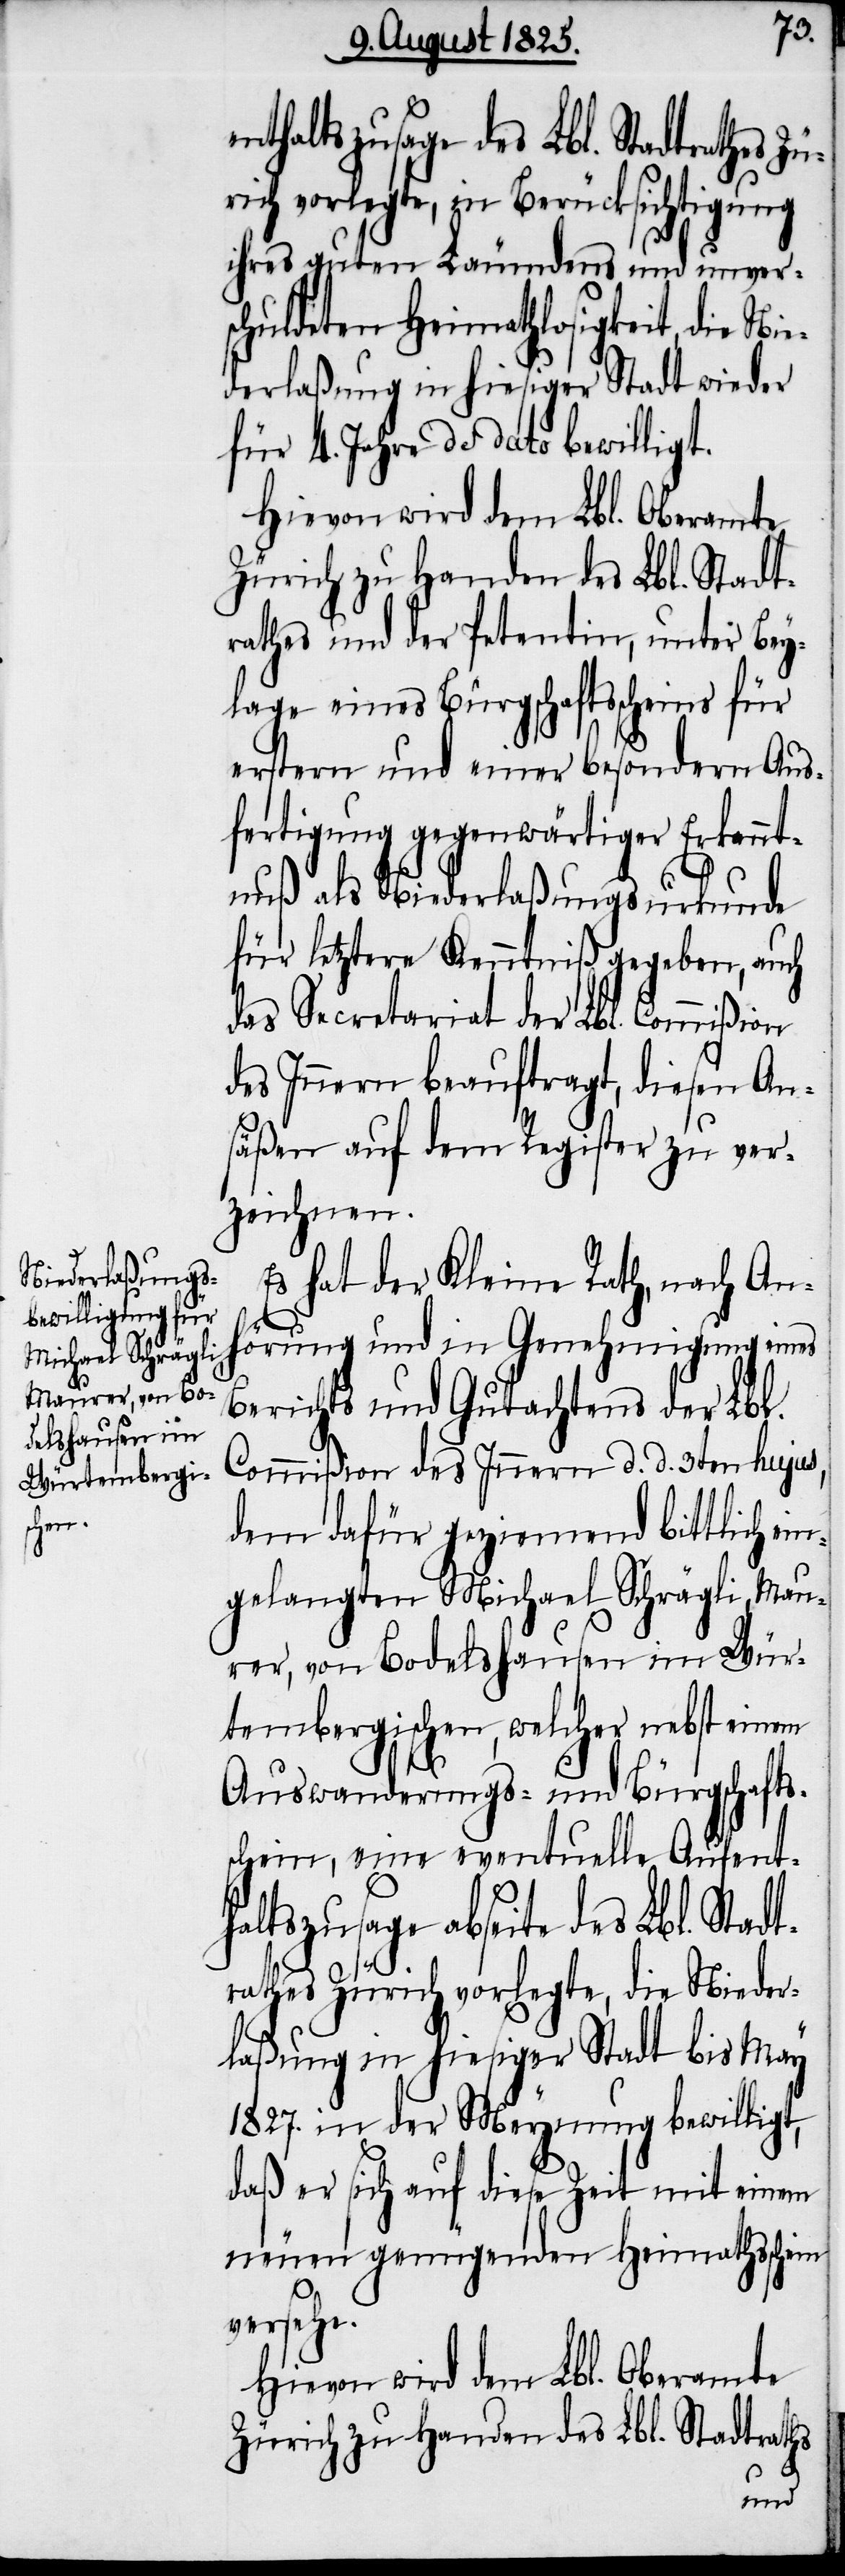
Zü¬
thaltszusage des Lbl. Stadtrathes
rich vorlegte, in Berücksichtigung
ihres guten Läumdens und unver¬
schuldeten Heimathlosigkeit, die Ni¬
ederlaßung in hiesiger Stadt wieder
für 4. Jahre de dato bewilligt.
Hievon wird dem Lbl. Oberamte
Zürich zu Handen des Lbl. Stadt¬
rathes und der Petentin, unter Bey¬
lage eines Bürgschaftsscheins für
erstern und einer besondern Aus¬
fertigung gegenwärtiger Erkennt¬
nuß als Niederlaßungsurkunde
für letztere Kenntniß gegeben, auch
als Secretariat der Lbl. Commißion
des Innern beauftragt, diesen An¬
säßen auf dem Register zu ver¬
zeichnen.
Es hat der Kleine Rath, nach An¬
hörung und in Genehmigung
Berichts und Gutachtens der Lbl.
Commißion des Innern d. d. 3ten hujus,
dem dafür geziemend bittlich
gelangten Michael Schrägli, Mau¬
rer, von Bodelshausen im Wür¬
tembergischen, welcher nebst einem
Auswanderungs- und Bürgschafts¬
schein, eine eventuelle Aufent¬
haltszusage abseite des Lbl. Stadt¬
rathes Zürich vorlegte, die Nieder¬
laßung in hiesiger Stadt bis May
1827. in der Meynung bewilligt,
daß er sich auf diese Zeit mit einem
neuen genügenden Heimathsschein
versehe.
Hievon wird dem Lbl. Oberamte
Zürich zu Handen des Lbl. Stadtraths
ein¬